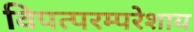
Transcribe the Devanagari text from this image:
विपत्परम्परेशाय